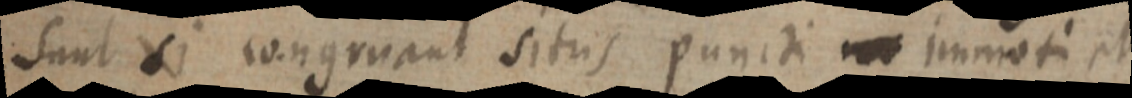
sunt si congruant situs puncti _ immoti et